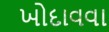
ખોદાવવા